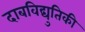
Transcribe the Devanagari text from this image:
दाबविद्युतिकी